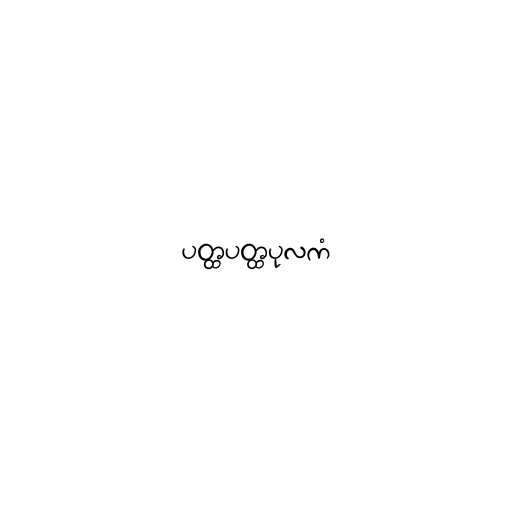
ပတ္ထပတ္ထပုလကံ